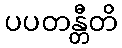
ပပတန္တီတိ